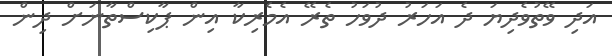
އަދި ވޭތުވެދިޔަ ދެ އަހަރު ދުވަހު ތެރޭ އެމެރިކާ އިން ޕާކިސްތާނަށް ދިން